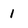
Character: 1